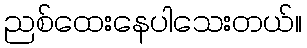
ညစ်ထေးနေပါသေးတယ်။